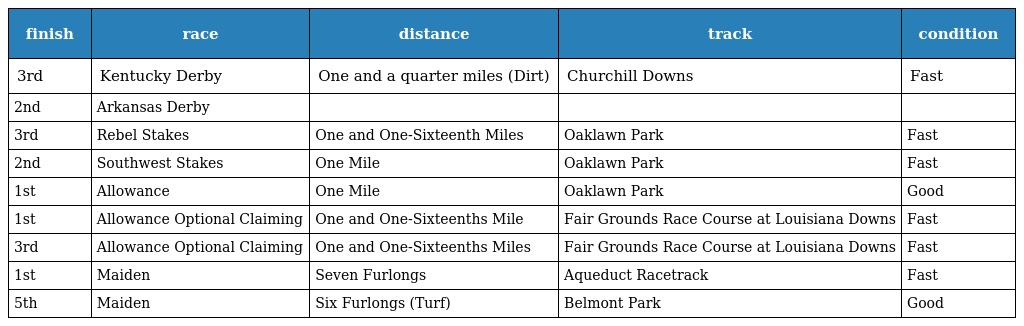
| finish | race | distance | track | condition |
 | --- | --- | --- | --- | --- |
 | 3rd | Kentucky Derby | One and a quarter miles (Dirt) | Churchill Downs | Fast |
 | 2nd | Arkansas Derby |  |  |  |
 | 3rd | Rebel Stakes | One and One-Sixteenth Miles | Oaklawn Park | Fast |
 | 2nd | Southwest Stakes | One Mile | Oaklawn Park | Fast |
 | 1st | Allowance | One Mile | Oaklawn Park | Good |
 | 1st | Allowance Optional Claiming | One and One-Sixteenths Mile | Fair Grounds Race Course at Louisiana Downs | Fast |
 | 3rd | Allowance Optional Claiming | One and One-Sixteenths Miles | Fair Grounds Race Course at Louisiana Downs | Fast |
 | 1st | Maiden | Seven Furlongs | Aqueduct Racetrack | Fast |
 | 5th | Maiden | Six Furlongs (Turf) | Belmont Park | Good |